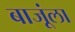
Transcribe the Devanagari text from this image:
बाजूंला